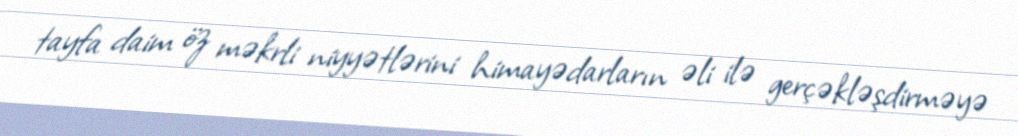
tayfa daim öz məkrli niyyətlərini himayədarların əli ilə gerçəkləşdirməyə